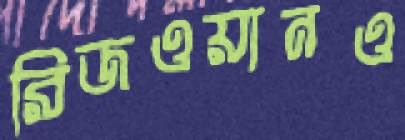
রিজওয়ানও